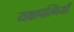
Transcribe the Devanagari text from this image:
यक्षपत्नियाँ